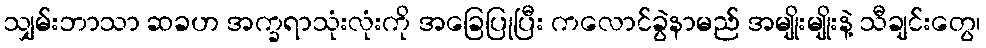
သျှမ်းဘာသာ ဆခဟ အက္ခရာသုံးလုံးကို အခြေပြုပြီး ကလောင်ခွဲနာမည် အမျိုးမျိုးနဲ့ သီချင်းတွေ၊